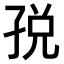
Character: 𫲦